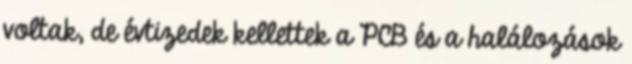
voltak, de évtizedek kellettek a PCB és a halálozások